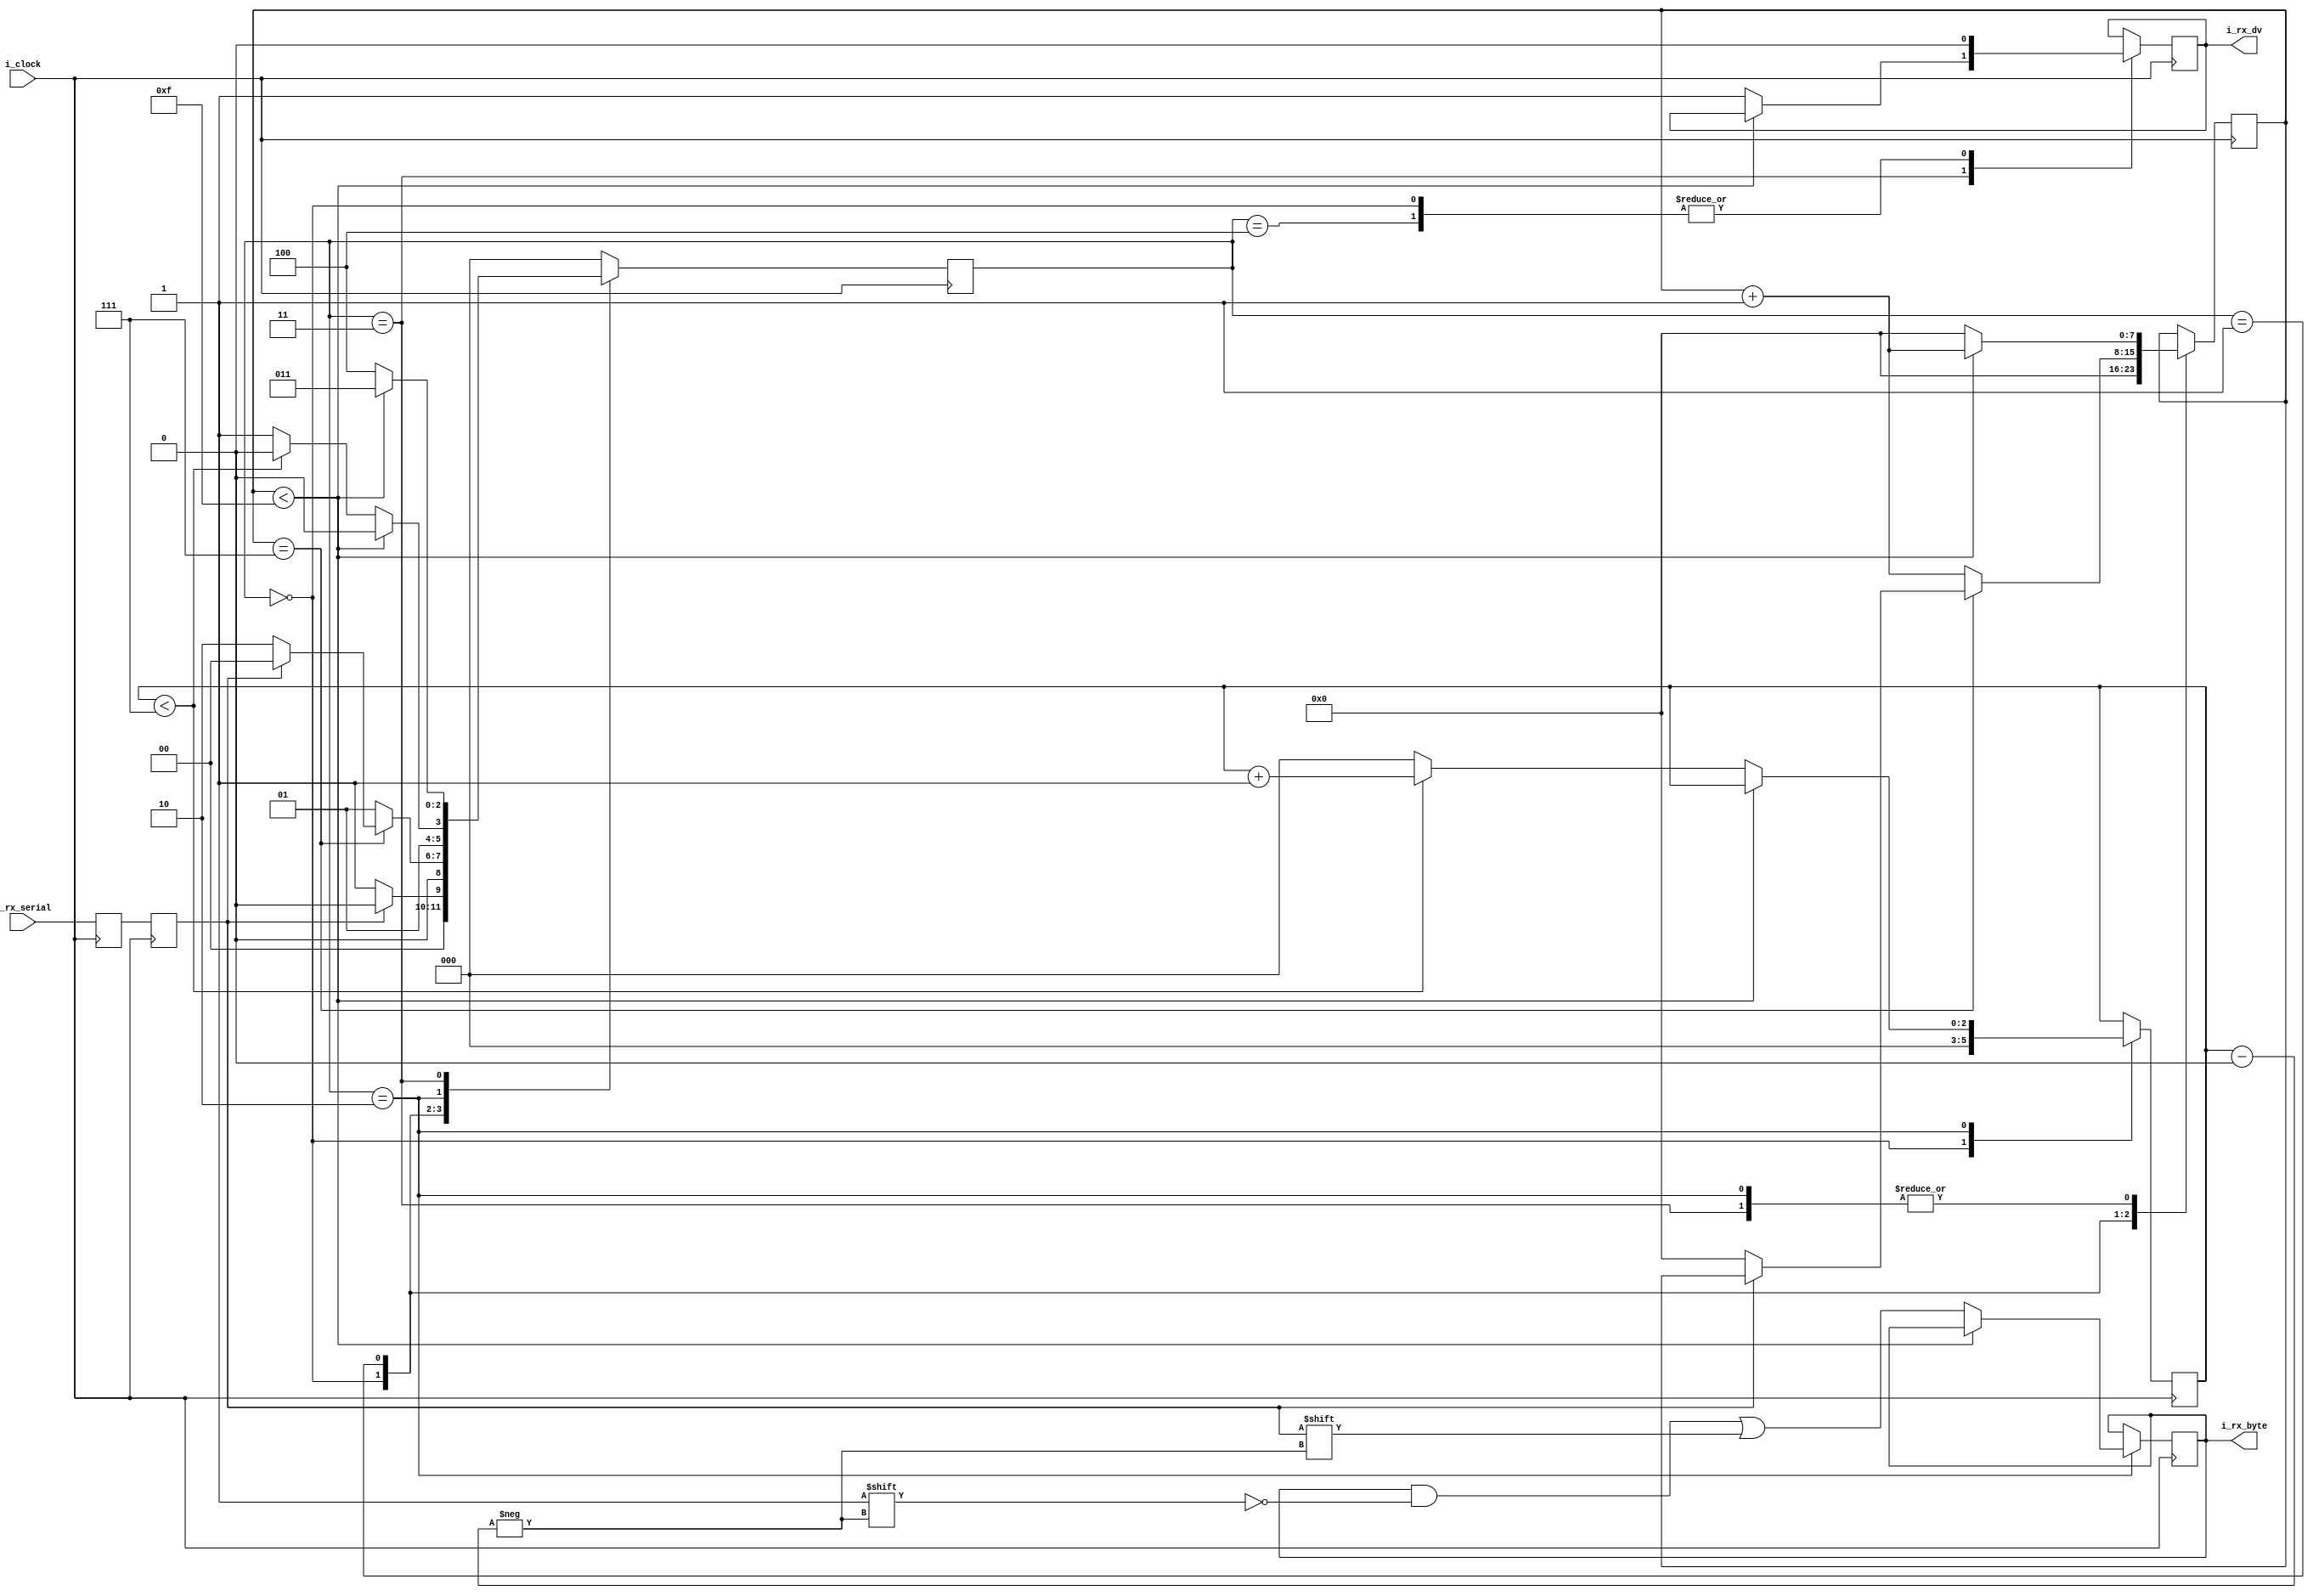
`timescale 1ns / 1ps
//////////////////////////////////////////////////////////////////////////////////
// Company: 
// Engineer: 
// 
// Design Name: 
// Module Name:    uart
// Project Name: 
// Target Devices: 
// Tool versions: 
// Description: 
//
// Dependencies: 
//
// Revision: 
// Revision 0.01 - File Created
// Additional Comments: 
//
//////////////////////////////////////////////////////////////////////////////////
module uart(
    input i_clock,
    input i_rx_serial,
    output i_rx_dv,
    output [7:0] i_rx_byte      
);

parameter CLKS_PER_BIT  = 'd16;
parameter S_IDLE  = 3'b000; //sates
parameter S_RX_START_BIT = 3'b001;
parameter S_RX_DATA_BITS = 3'b010;
parameter S_RX_STOP_BIT  = 3'b011;
parameter S_CLEANUP = 3'b100;

reg r_rx_data_r = 1'b1;
reg r_rx_data = 1'b1;

reg [7:0] r_clock_count = 0;
reg [2:0] r_bit_index = 0; //8 bits total (care bit)
reg [7:0] r_rx_byte = 0; //ce primeste  
reg r_rx_dv = 0;
reg [2:0] R_SM_MAIN = 0;


always @(posedge i_clock)begin
        r_rx_data_r <= i_rx_serial;
        r_rx_data <= r_rx_data_r;
    end


always @(posedge i_clock) begin

    case (R_SM_MAIN)
    S_IDLE :
        begin
        r_rx_dv  <= 1'b0;
        r_clock_count <= 0;
        r_bit_index <= 0;
        if (r_rx_data == 1'b0)      // Start bit detected
            R_SM_MAIN <= S_RX_START_BIT;
        else
            R_SM_MAIN <= S_IDLE;
        end
        
    
    S_RX_START_BIT :
        begin
        if (r_clock_count == (CLKS_PER_BIT-1)/2)
            begin
            if (r_rx_data == 1'b0)
                begin
                r_clock_count <= 0; // reset counter
                R_SM_MAIN <= S_RX_DATA_BITS;
                end
            else
                R_SM_MAIN <= S_IDLE;
            end
        else
            begin
            r_clock_count <= r_clock_count + 1;
            R_SM_MAIN <= S_RX_START_BIT;
            end
        end 
        
        
    
    S_RX_DATA_BITS :
        begin
        if (r_clock_count < CLKS_PER_BIT-1)
            begin
            r_clock_count <= r_clock_count + 1;
            R_SM_MAIN <= S_RX_DATA_BITS;
            end
        else
            begin
            r_clock_count <= 0;
            r_rx_byte[r_bit_index] <= r_rx_data;
                
            
            if (r_bit_index < 7)
                begin
                r_bit_index <= r_bit_index + 1;
                R_SM_MAIN <= S_RX_DATA_BITS;
                end
            else
                begin
                r_bit_index <= 0;
                R_SM_MAIN <= S_RX_STOP_BIT;
                end
            end
        end 
    
    
    // Receive Stop bit. Stop bit = 1
    S_RX_STOP_BIT :
        begin
        
        if (r_clock_count < CLKS_PER_BIT-1)
            begin
            r_clock_count <= r_clock_count + 1;
            R_SM_MAIN <= S_RX_STOP_BIT;
            end
        else
            begin
            r_rx_dv <= 1'b1;
            r_clock_count <= 0;
            R_SM_MAIN <= S_CLEANUP;
            end
        end 
    S_CLEANUP :
        begin
        R_SM_MAIN <= S_IDLE;
        r_rx_dv <= 1'b0;
        end
        
    default :
        R_SM_MAIN <= S_IDLE;
    endcase
end

assign i_rx_dv = r_rx_dv;
assign i_rx_byte = r_rx_byte;

endmodule